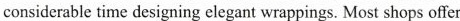
considerable time designing elegant wrappings. Most shops offer